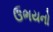
ઉભયનો